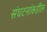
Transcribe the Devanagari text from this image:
संघटनांकडील